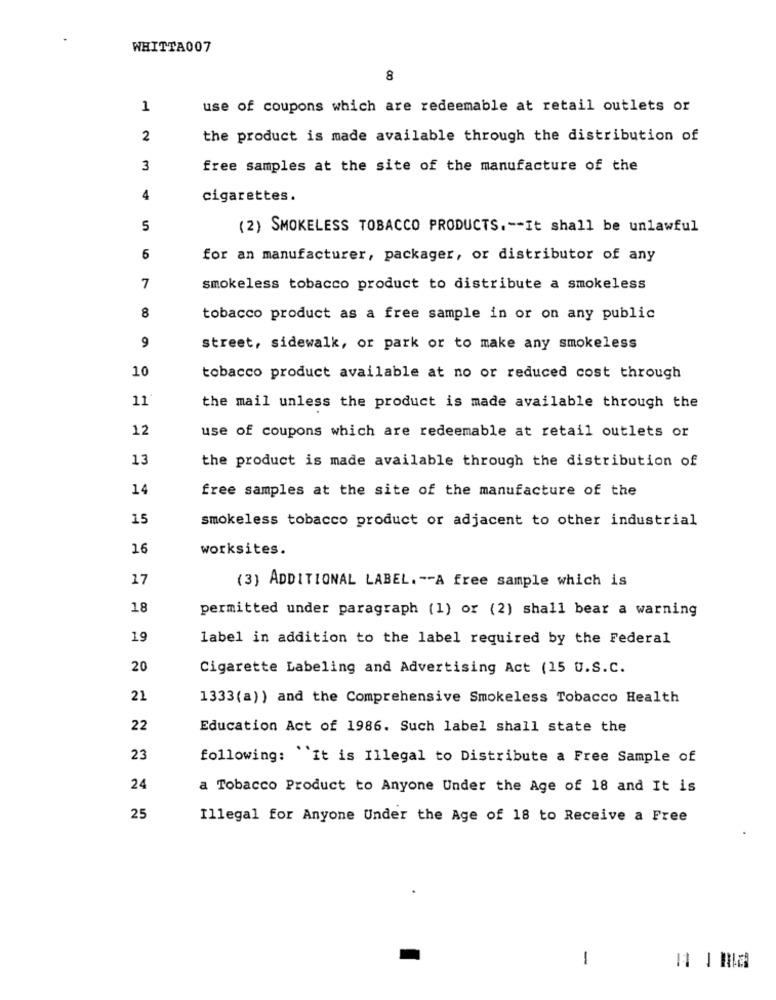
WHITTA007
8
1
use of coupons which are redeemable at retail outlets or
2
the product is made available through the distribution of
3
free samples at the site of the manufacture of the
4
cigarettes.
5
(2) SMOKELESS TOBACCO PRODUCTS .-- It shall be unlawful
6
for an manufacturer, packager, or distributor of any
7
smokeless tobacco product to distribute a smokeless
8
tobacco product as a free sample in or on any public
9
street, sidewalk, or park or to make any smokeless
10
tobacco product available at no or reduced cost through
11
the mail unless the product is made available through the
12
use of coupons which are redeemable at retail outlets or
13
the product is made available through the distribution of
14
free samples at the site of the manufacture of the
15
smokeless tobacco product or adjacent to other industrial
16
worksites.
17
(3) ADDITIONAL LABEL. -- A free sample which is
18
permitted under paragraph (1) or (2) shall bear a warning
19
label in addition to the label required by the Federal
20
Cigarette Labeling and Advertising Act (15 U.S.C.
21
1333(a)) and the Comprehensive Smokeless Tobacco Health
22
Education Act of 1986. Such label shall state the
23
following: "It is Illegal to Distribute a Free Sample of
24
a Tobacco Product to Anyone Under the Age of 18 and It is
25
Illegal for Anyone Under the Age of 18 to Receive a Free
1